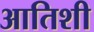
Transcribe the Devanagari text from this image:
आतिशी